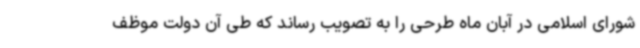
شورای اسلامی در آبان ماه طرحی را به تصویب رساند که طی آن دولت موظف